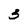
Character: 3